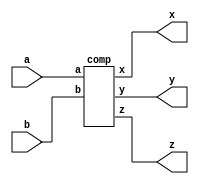
`timescale 1ns / 1ps
//////////////////////////////////////////////////////////////////////////////////
// Company: 
// Engineer: 
// 
// Design Name: 
// Module Name: comp
// Project Name: 
// Target Devices: 
// Tool Versions: 
// Description: 
// 
// Dependencies: 
// 
// Revision:
// Revision 0.01 - File Created
// Additional Comments:
// 
//////////////////////////////////////////////////////////////////////////////////
module comparator(input a,b, output x,y,z);
comp comp(a,b,x,y,z);
endmodule

module comp(input a,b, output x,y,z);
assign x=~(a^b);
assign y=~(b)|a;
assign z=~(a)|b;
endmodule